Bréfritari: Ásgeir Tryggvi Friðgeirsson
Dagsetning: A-1906-11-21
Skrifað á: Vesturheimi

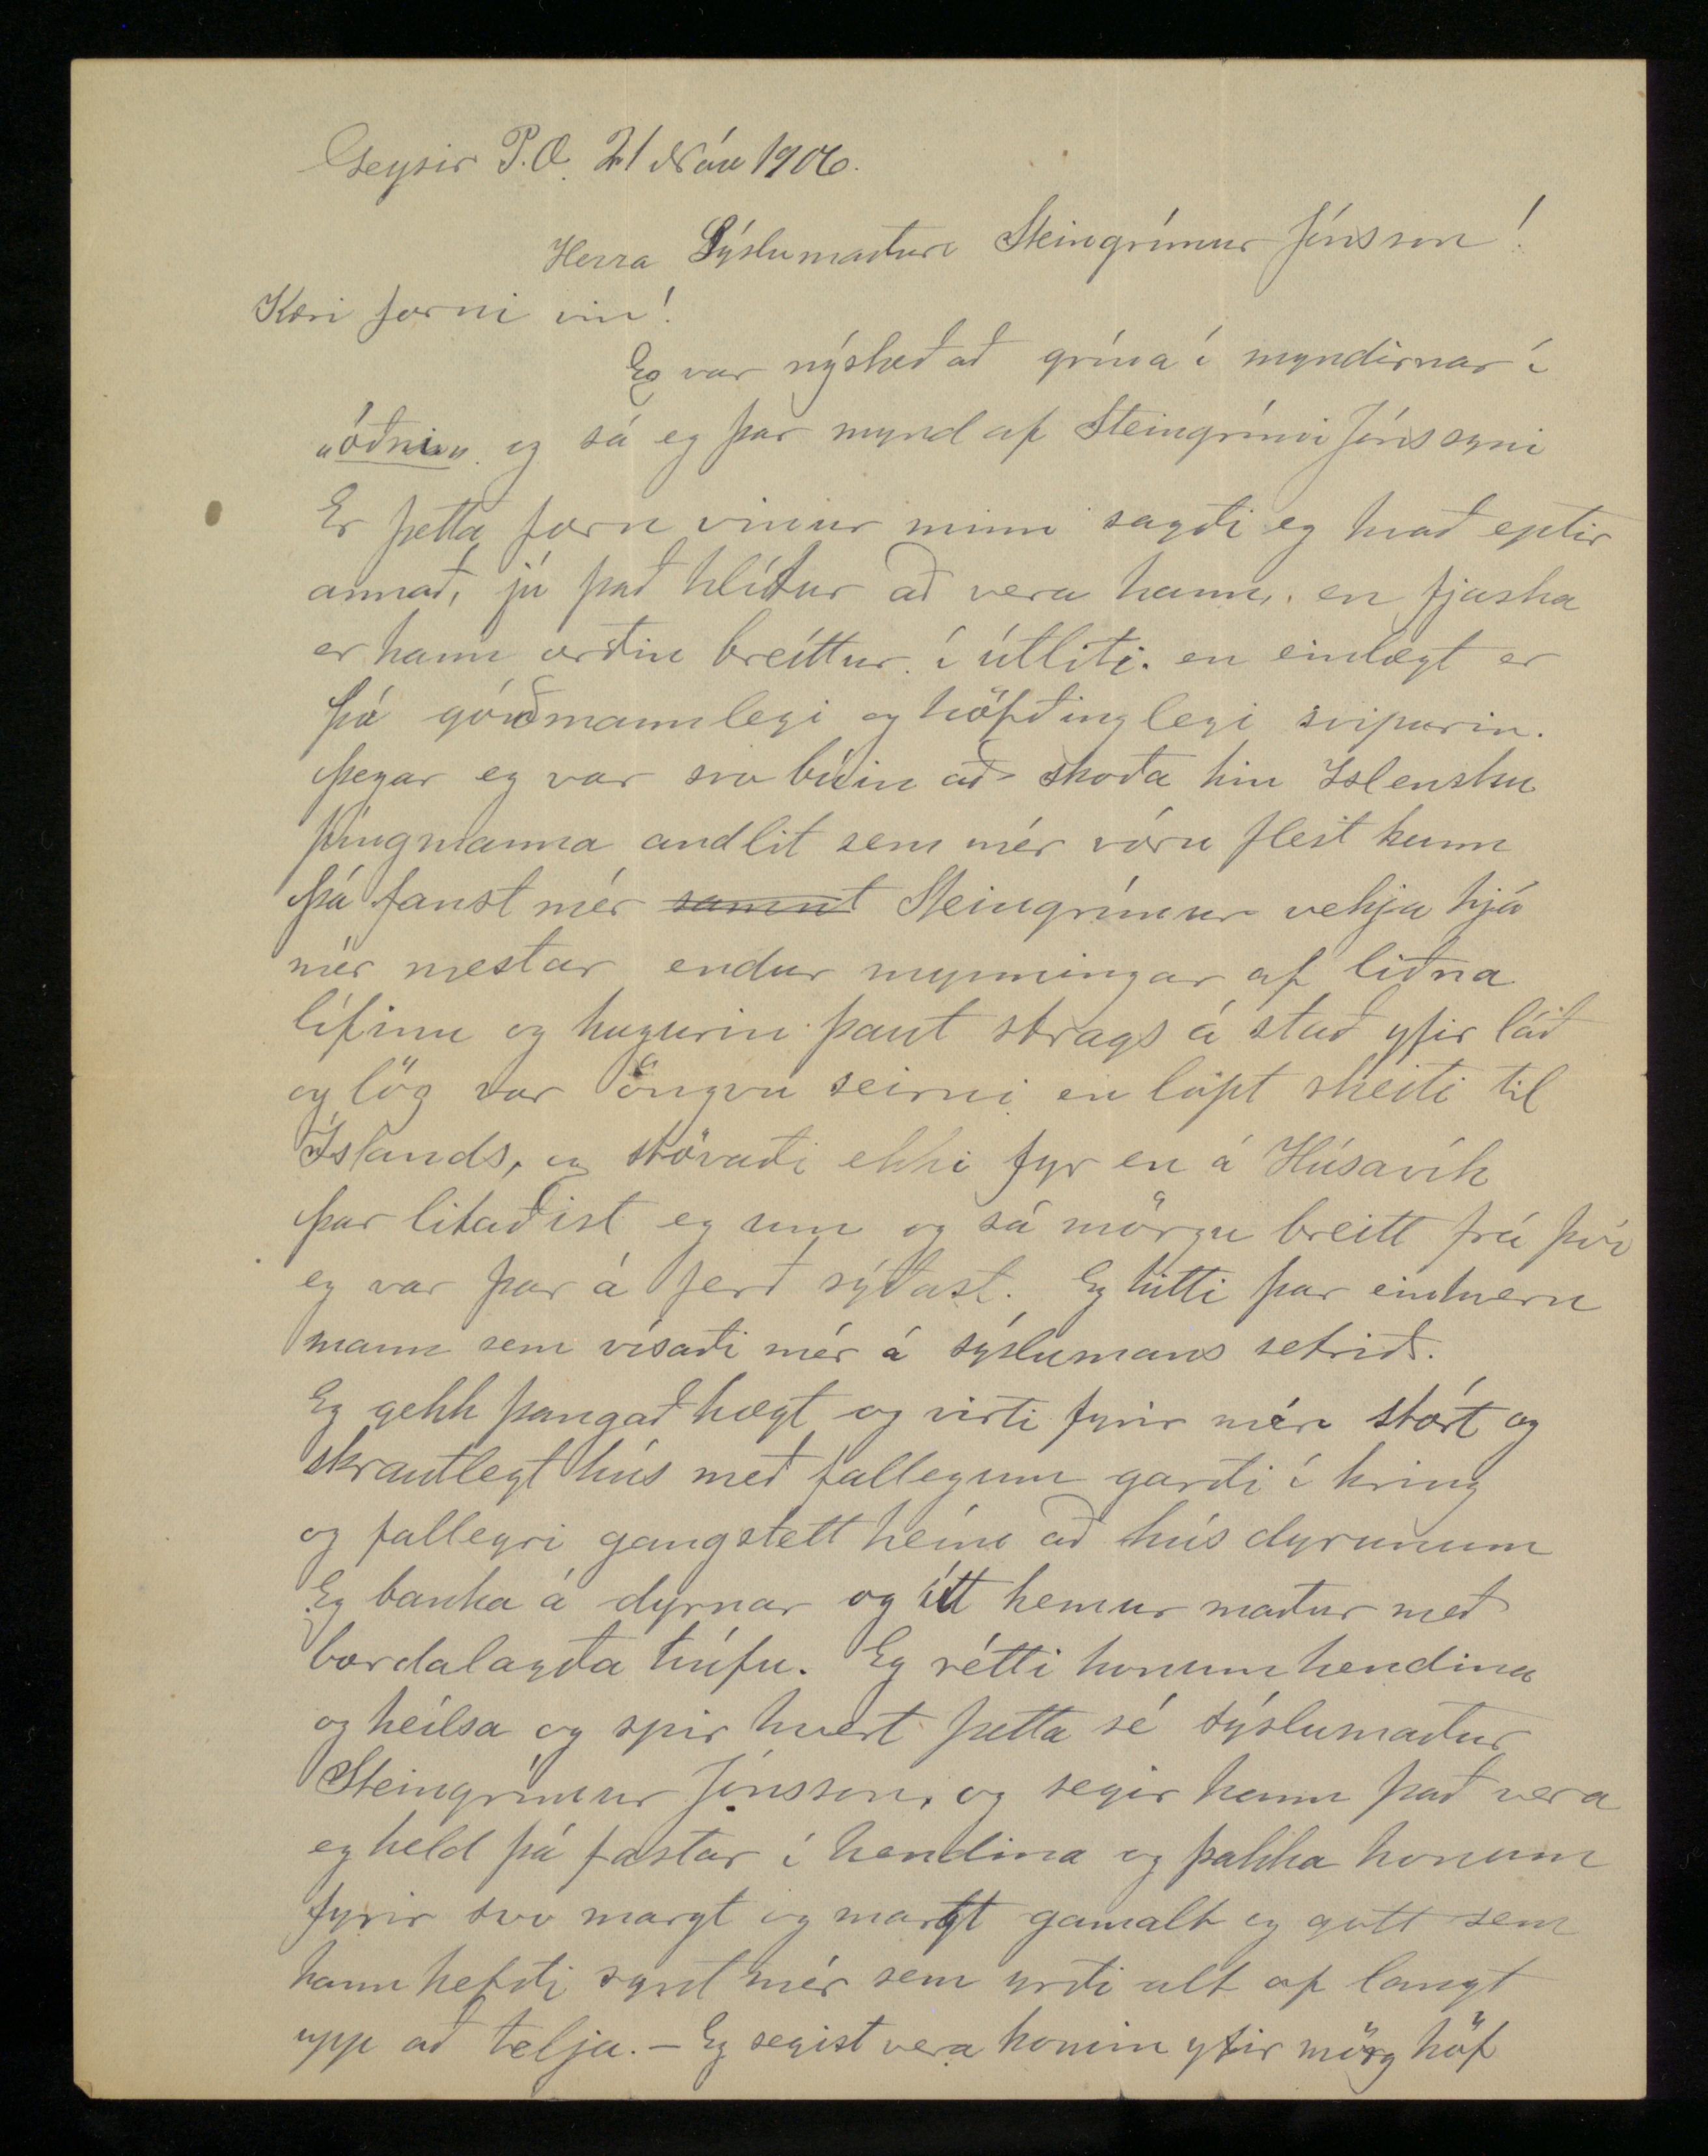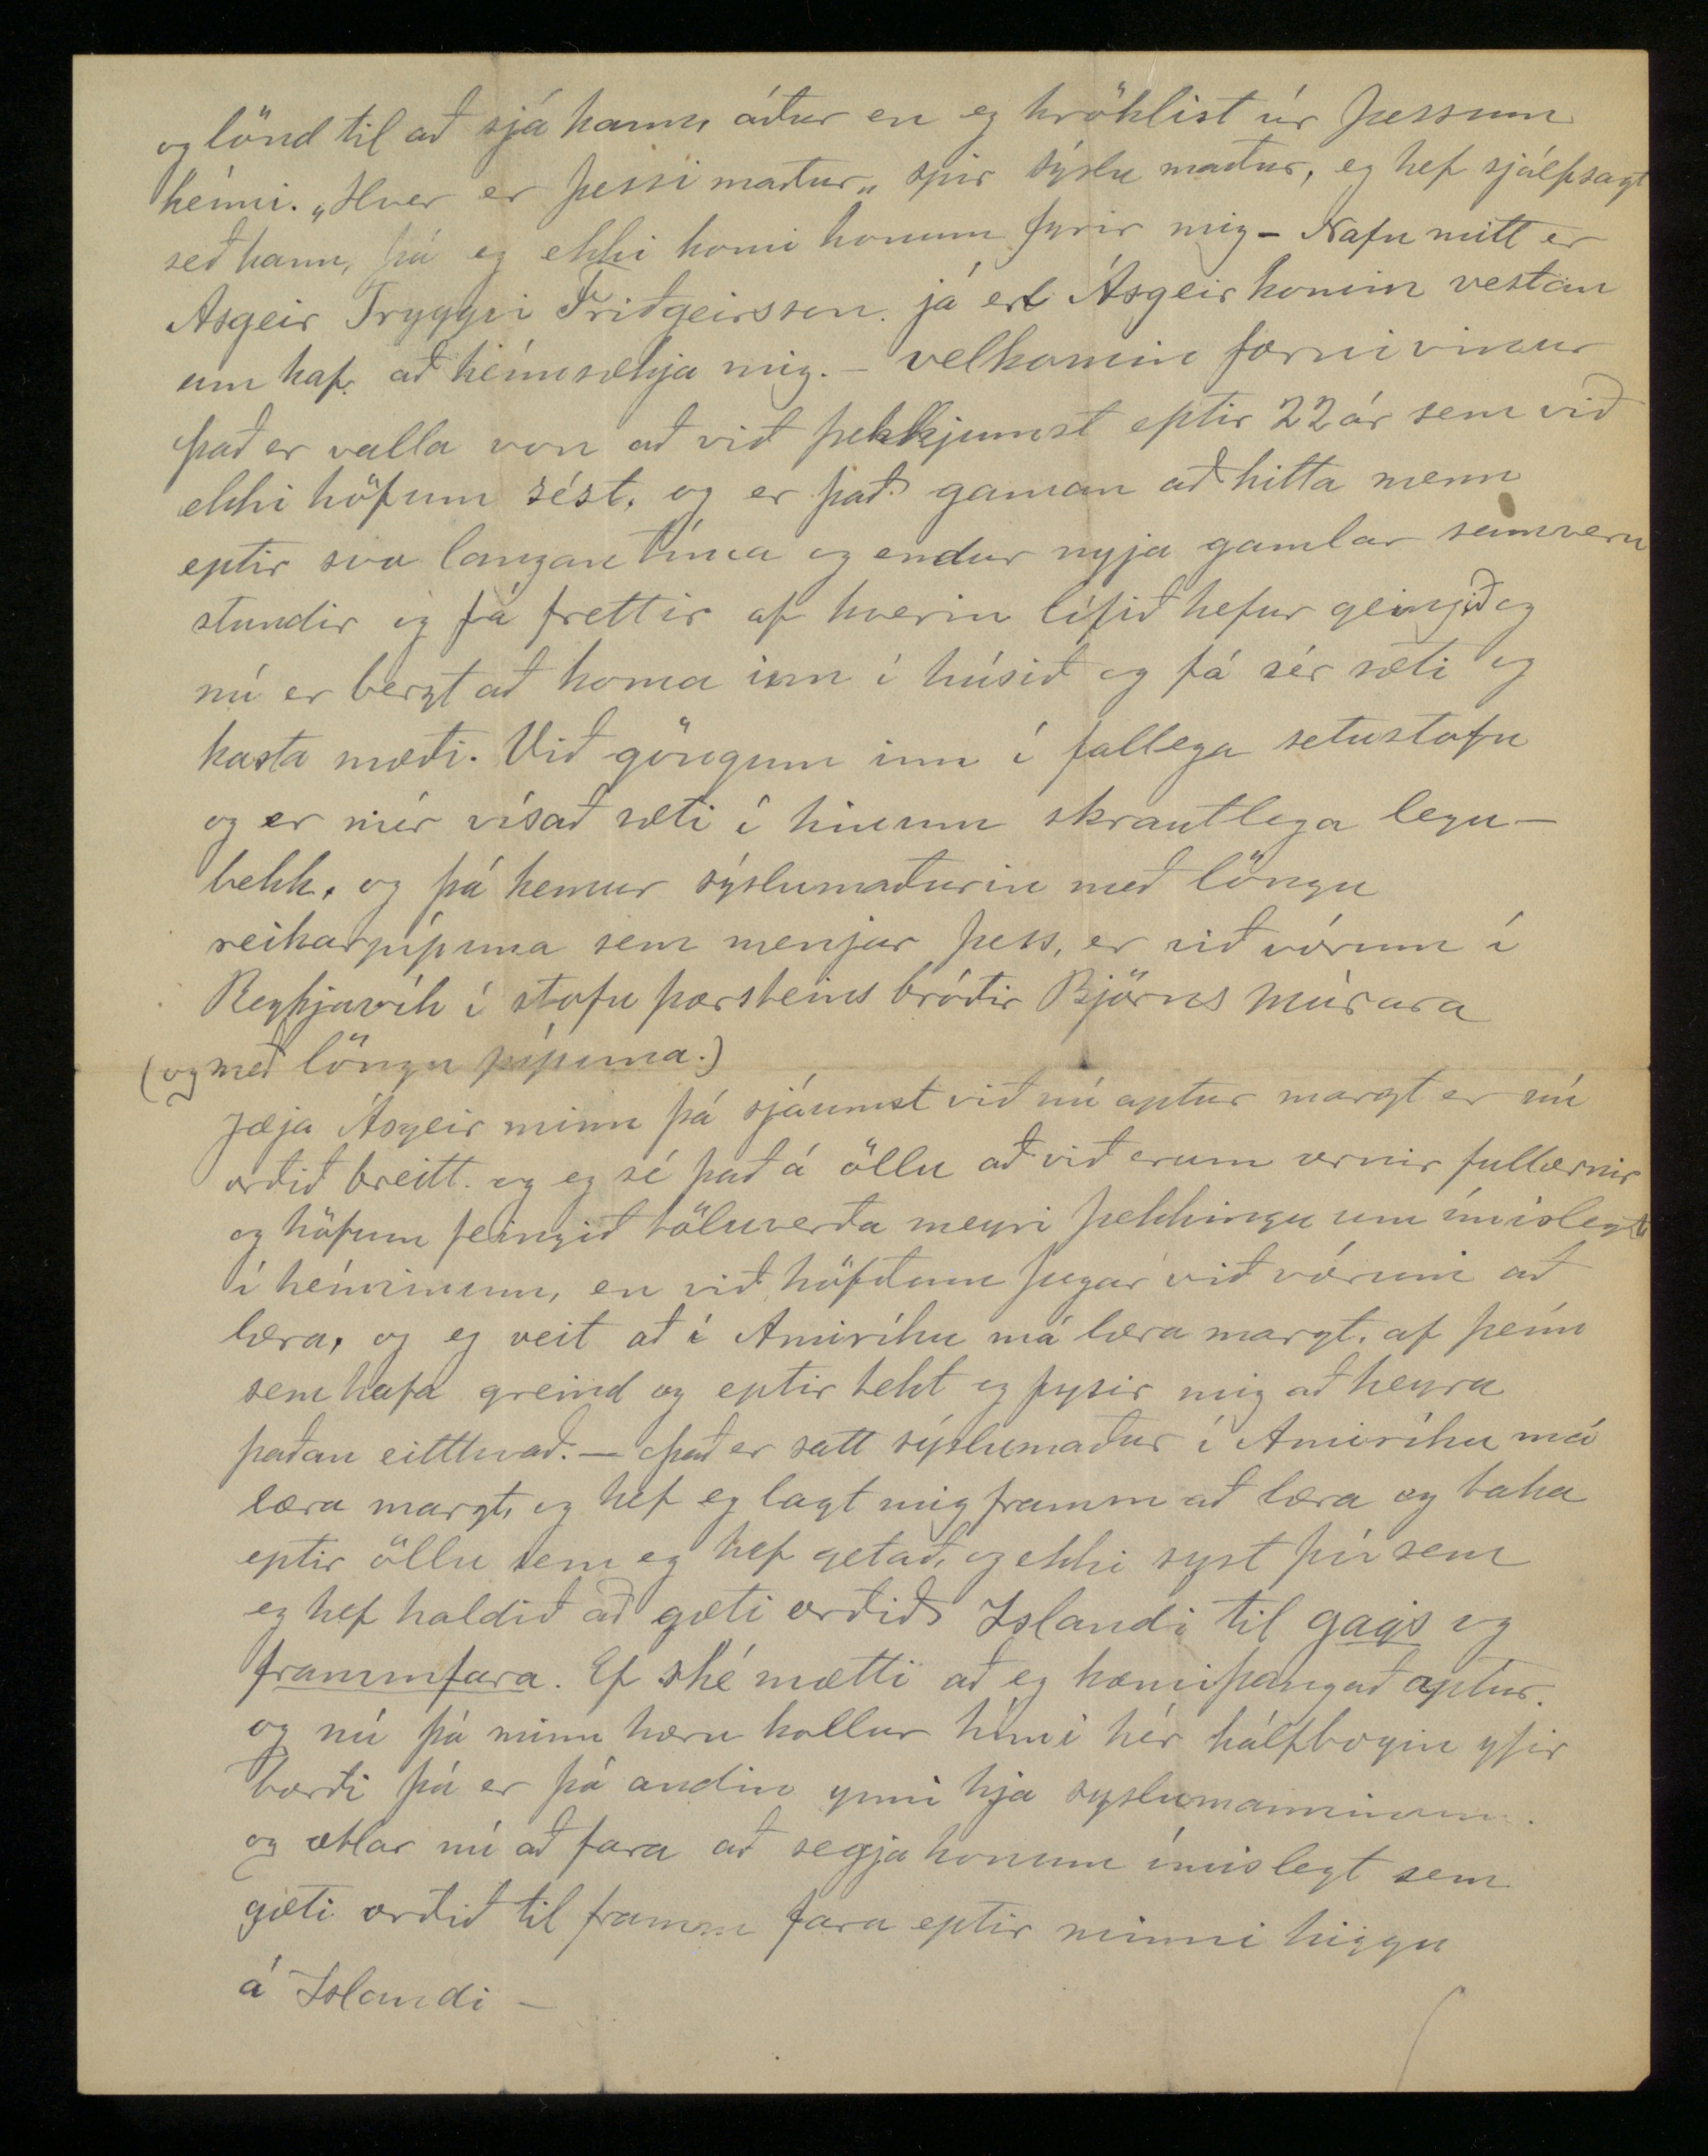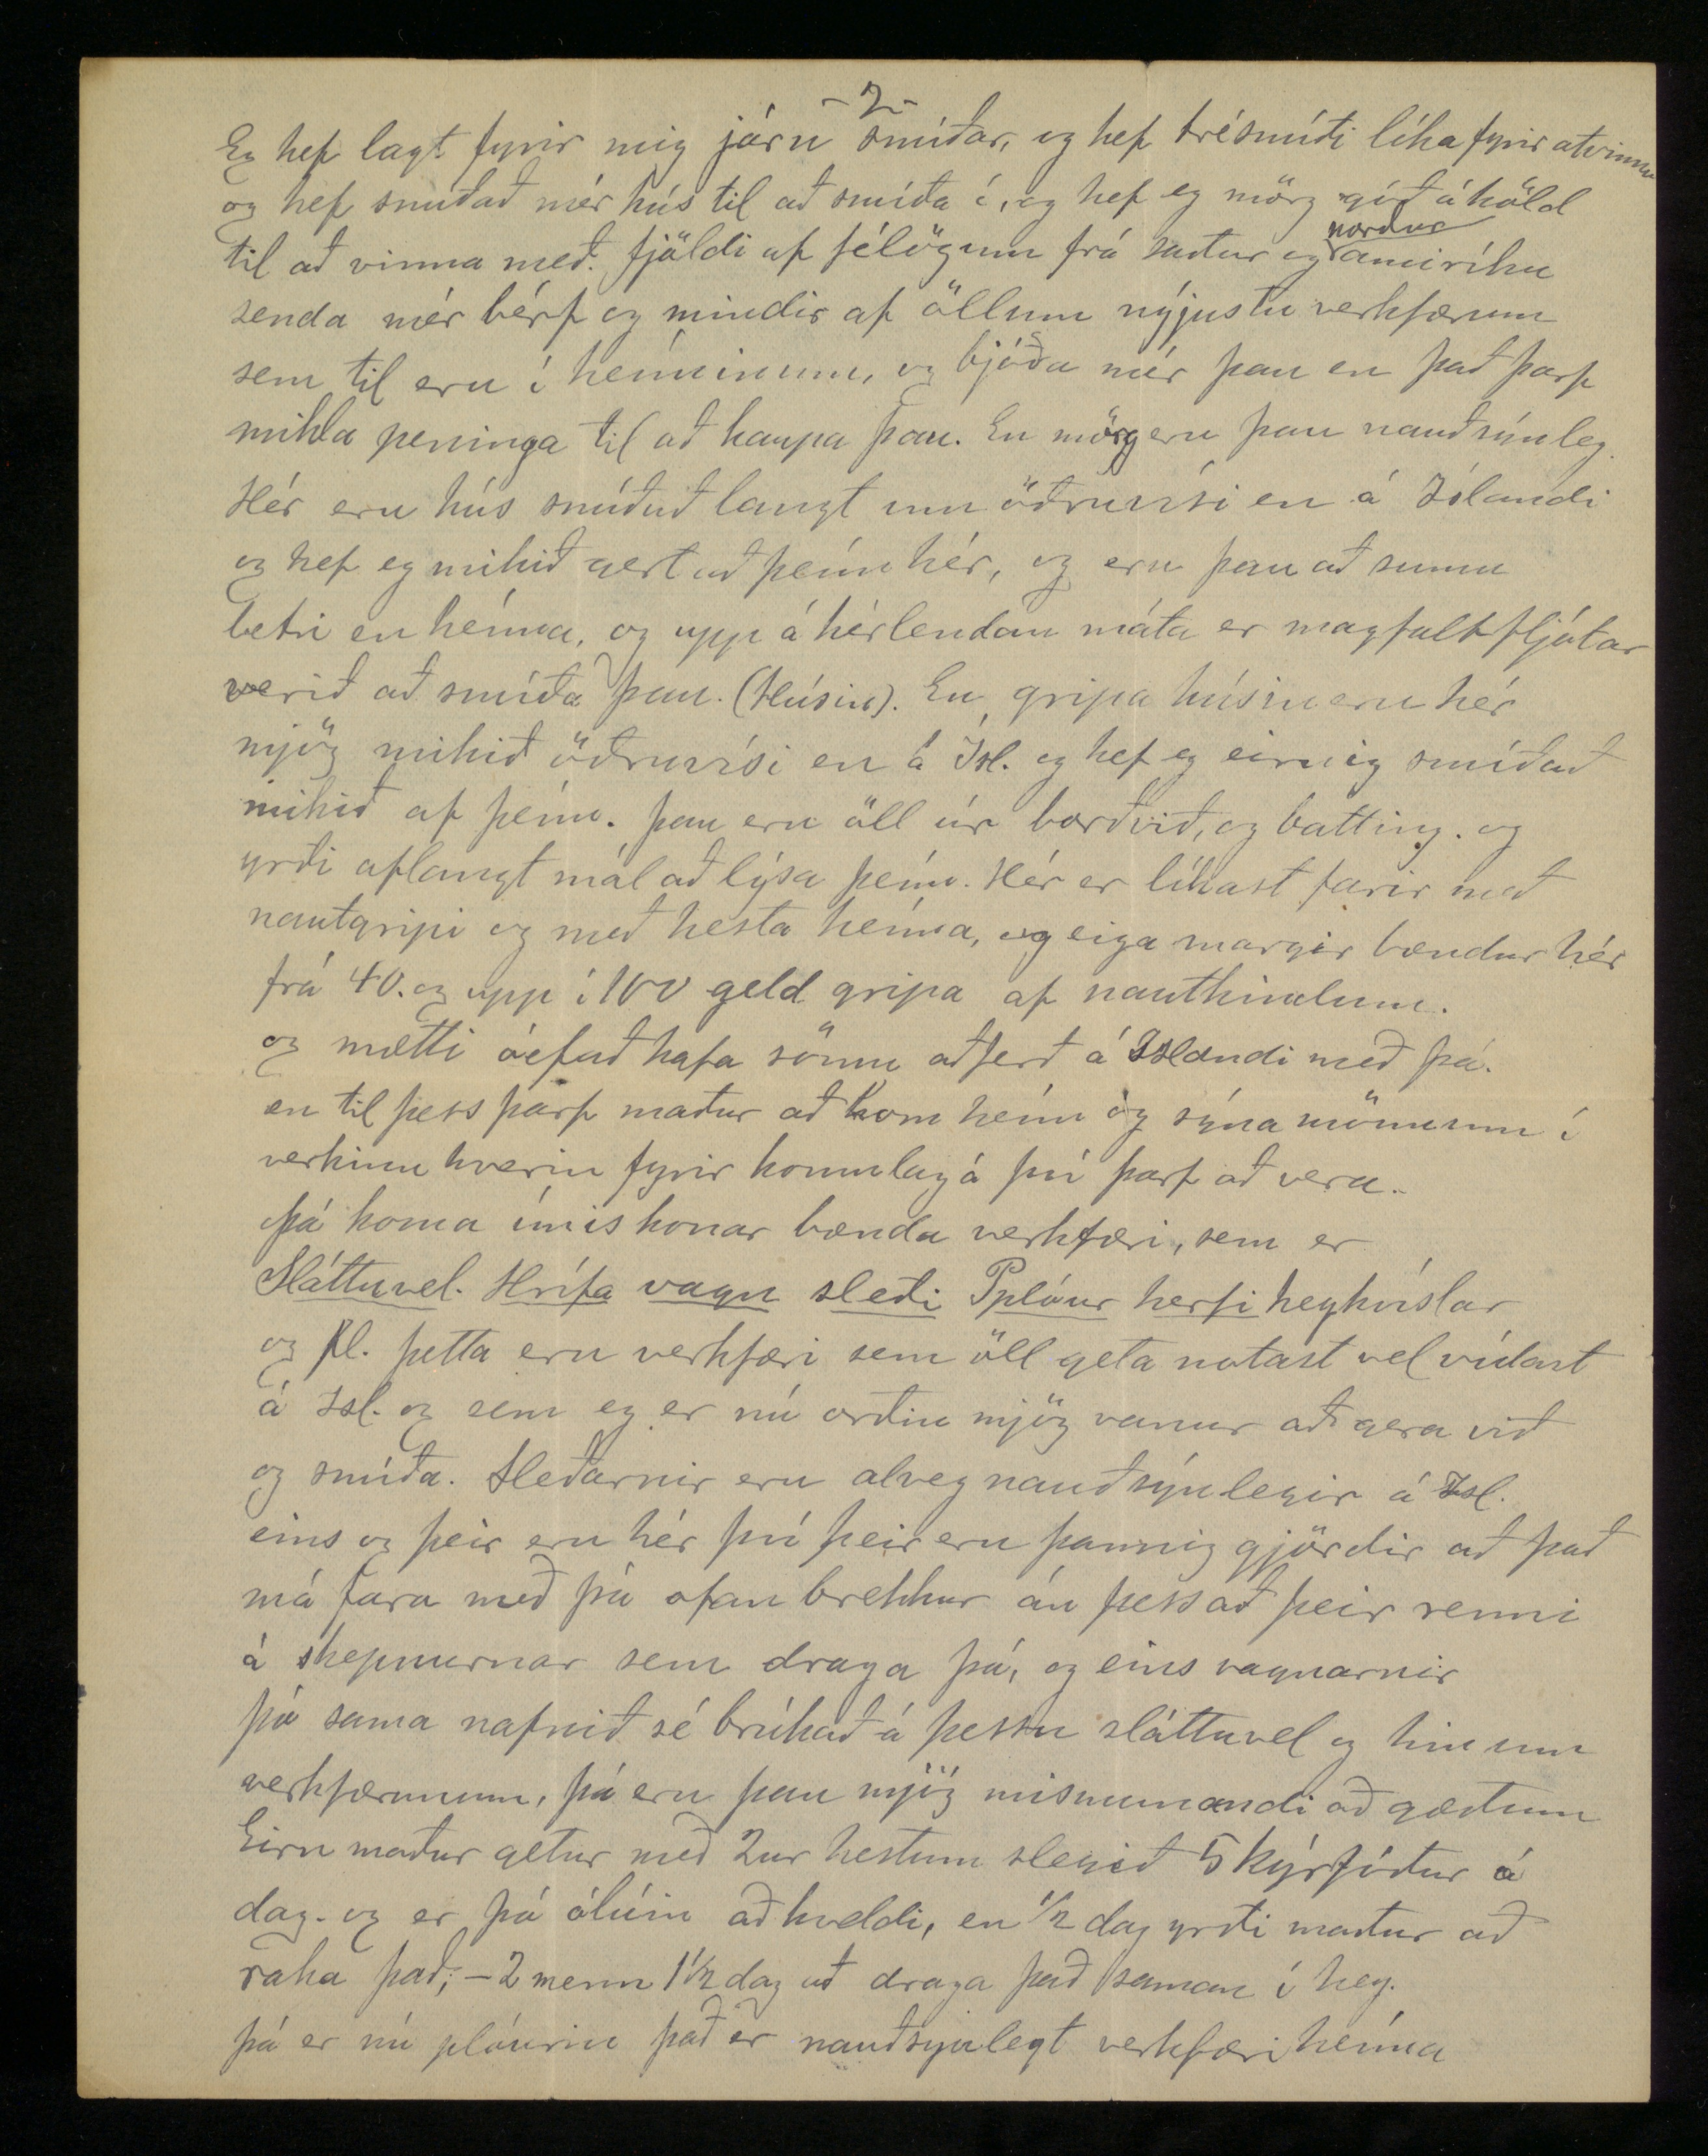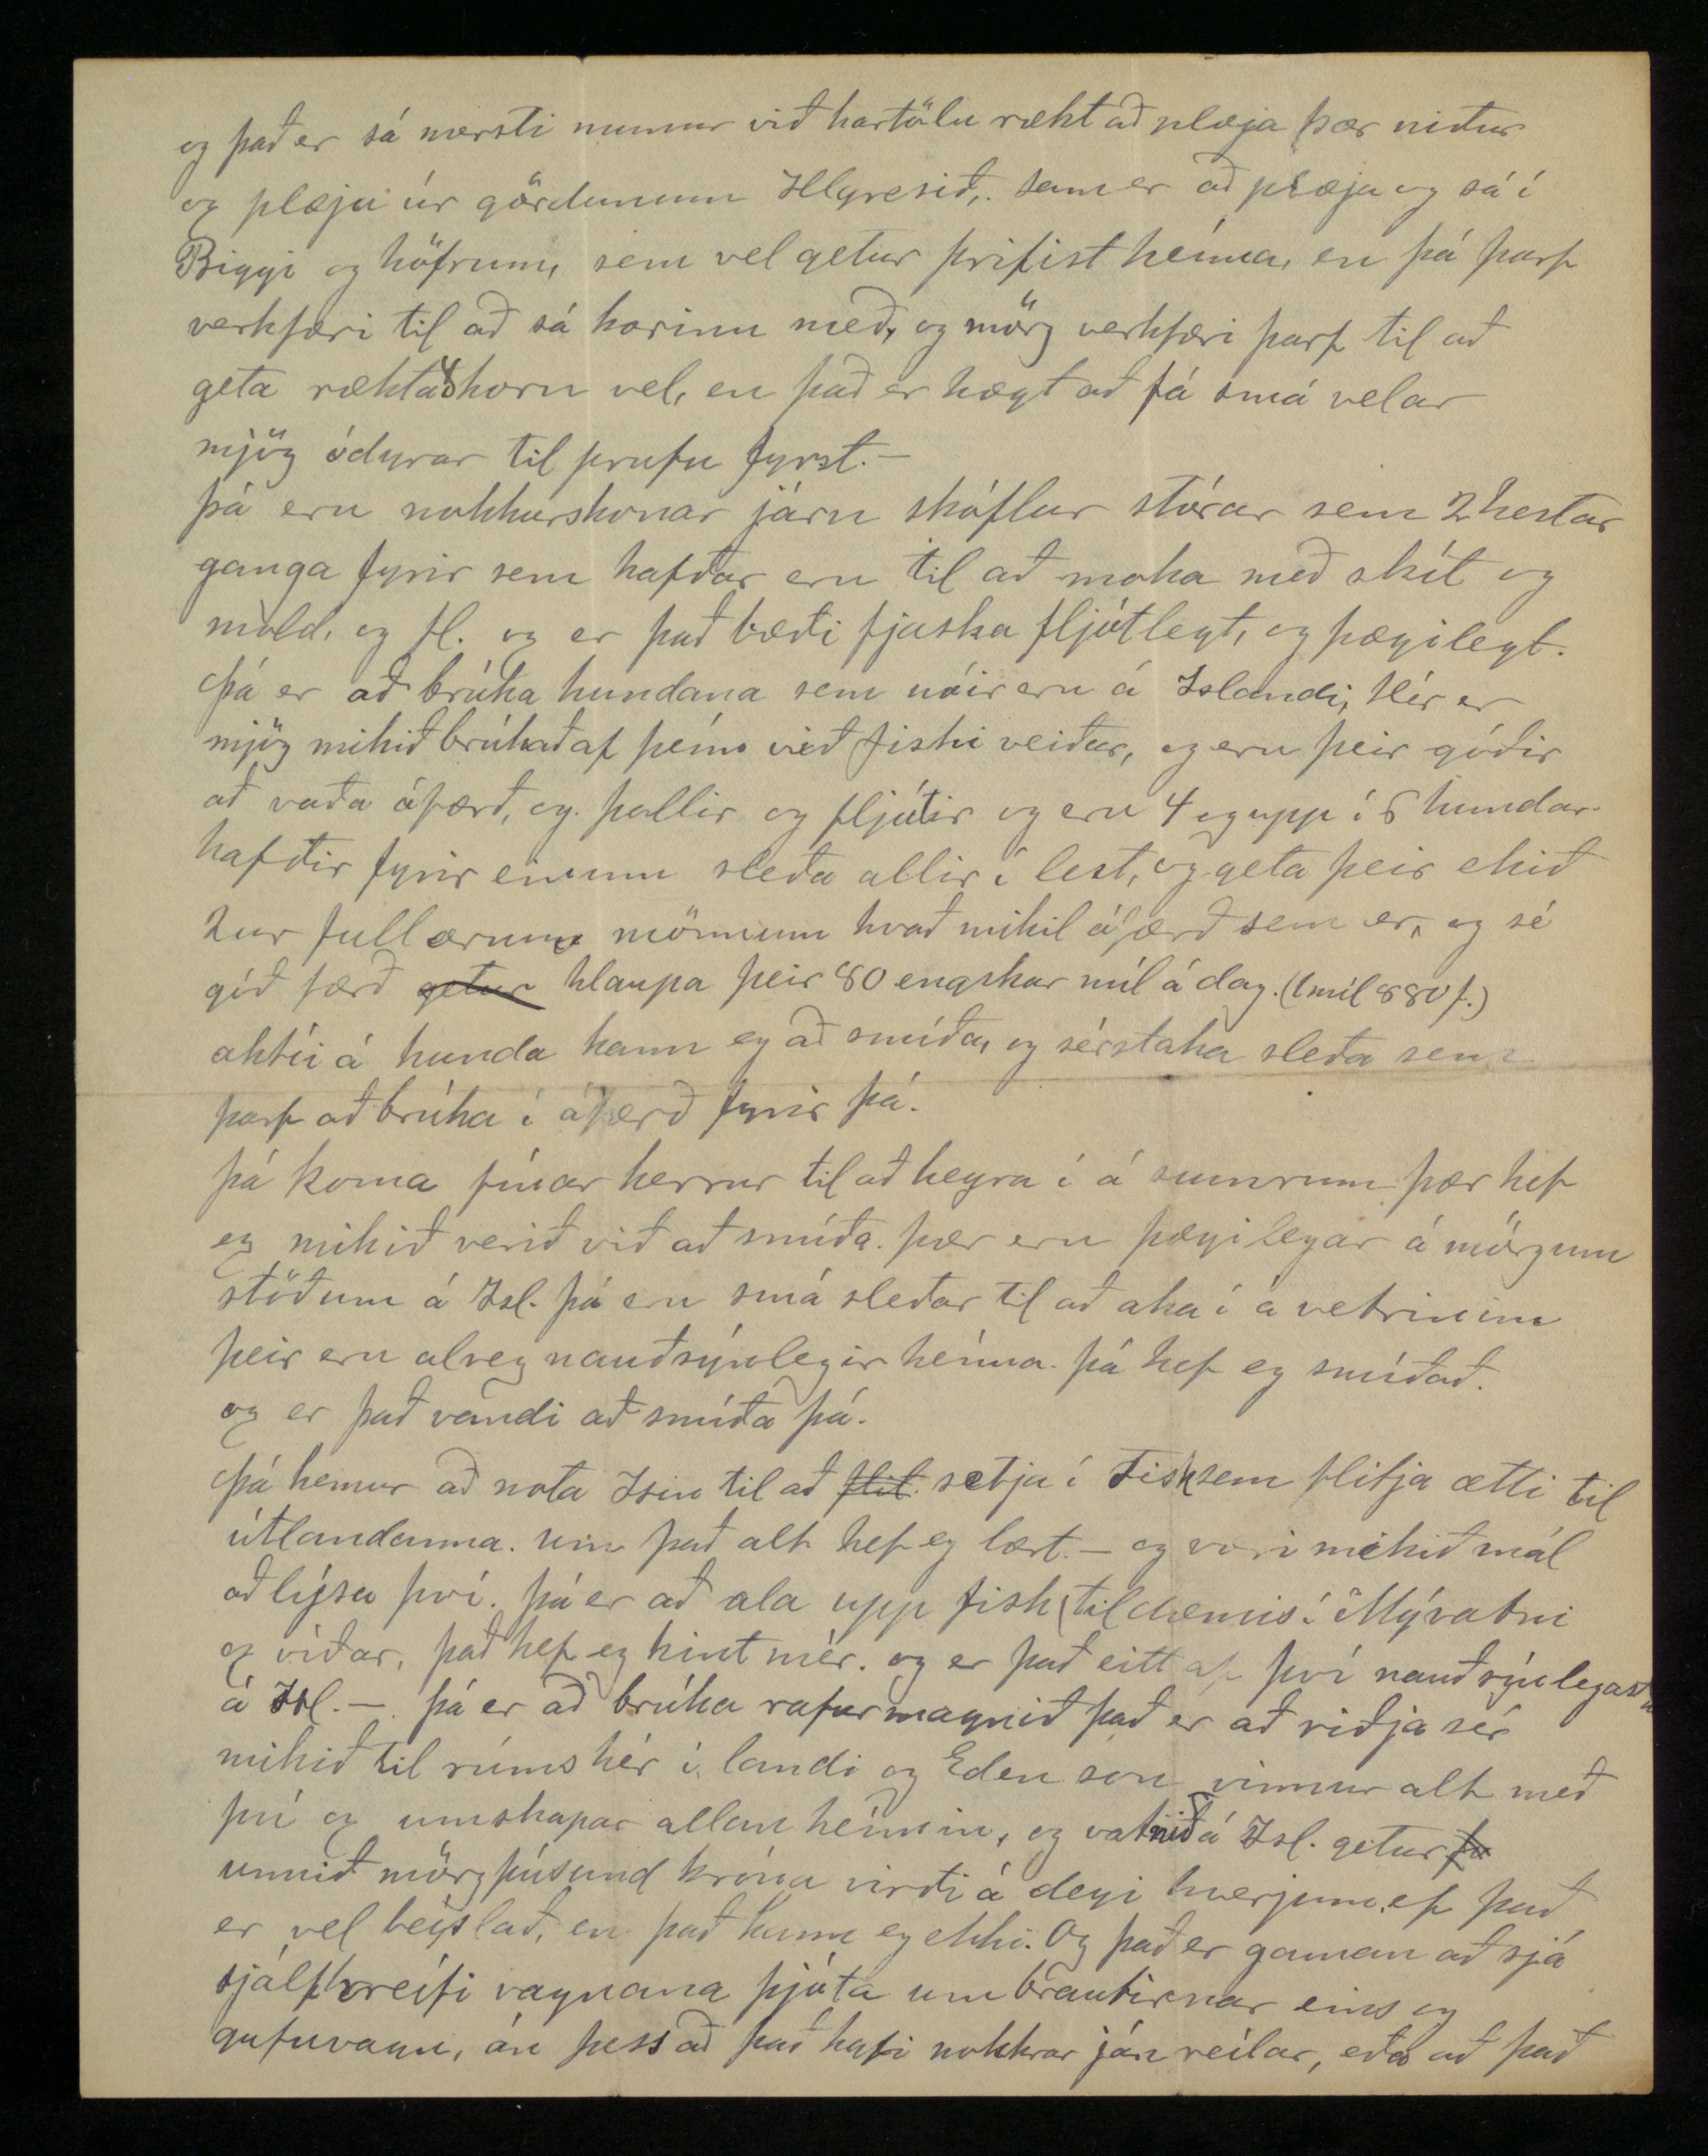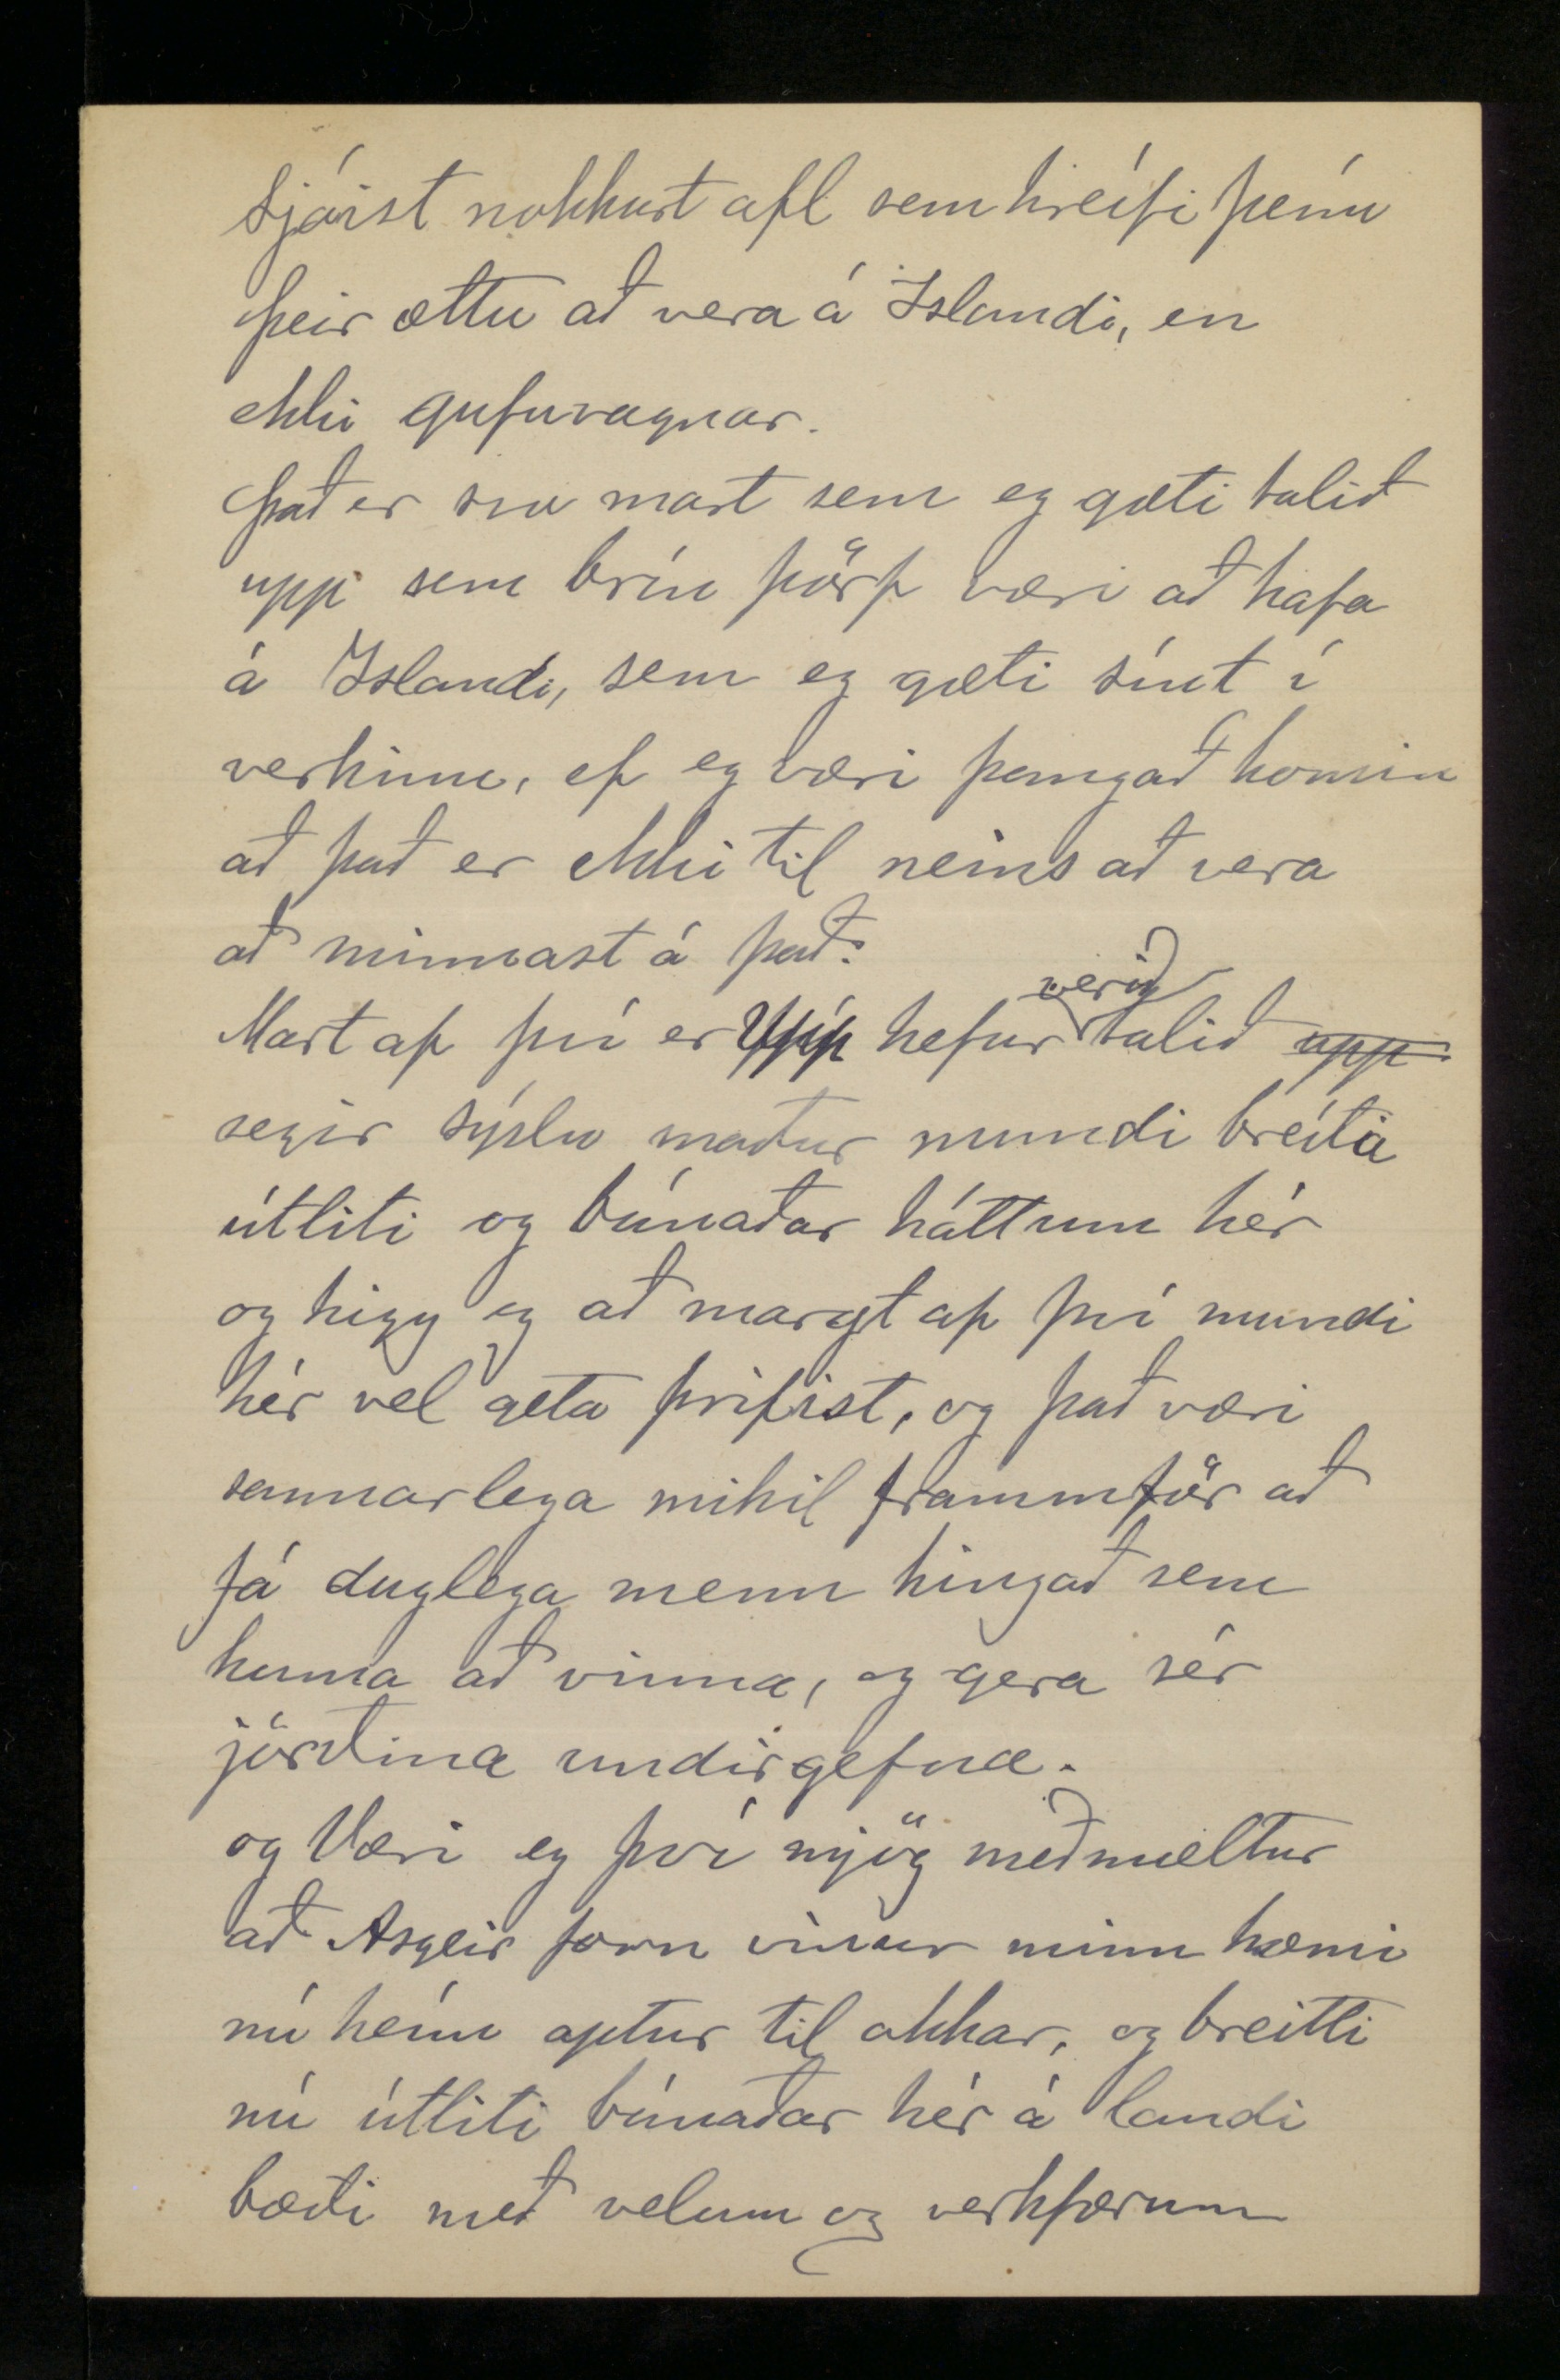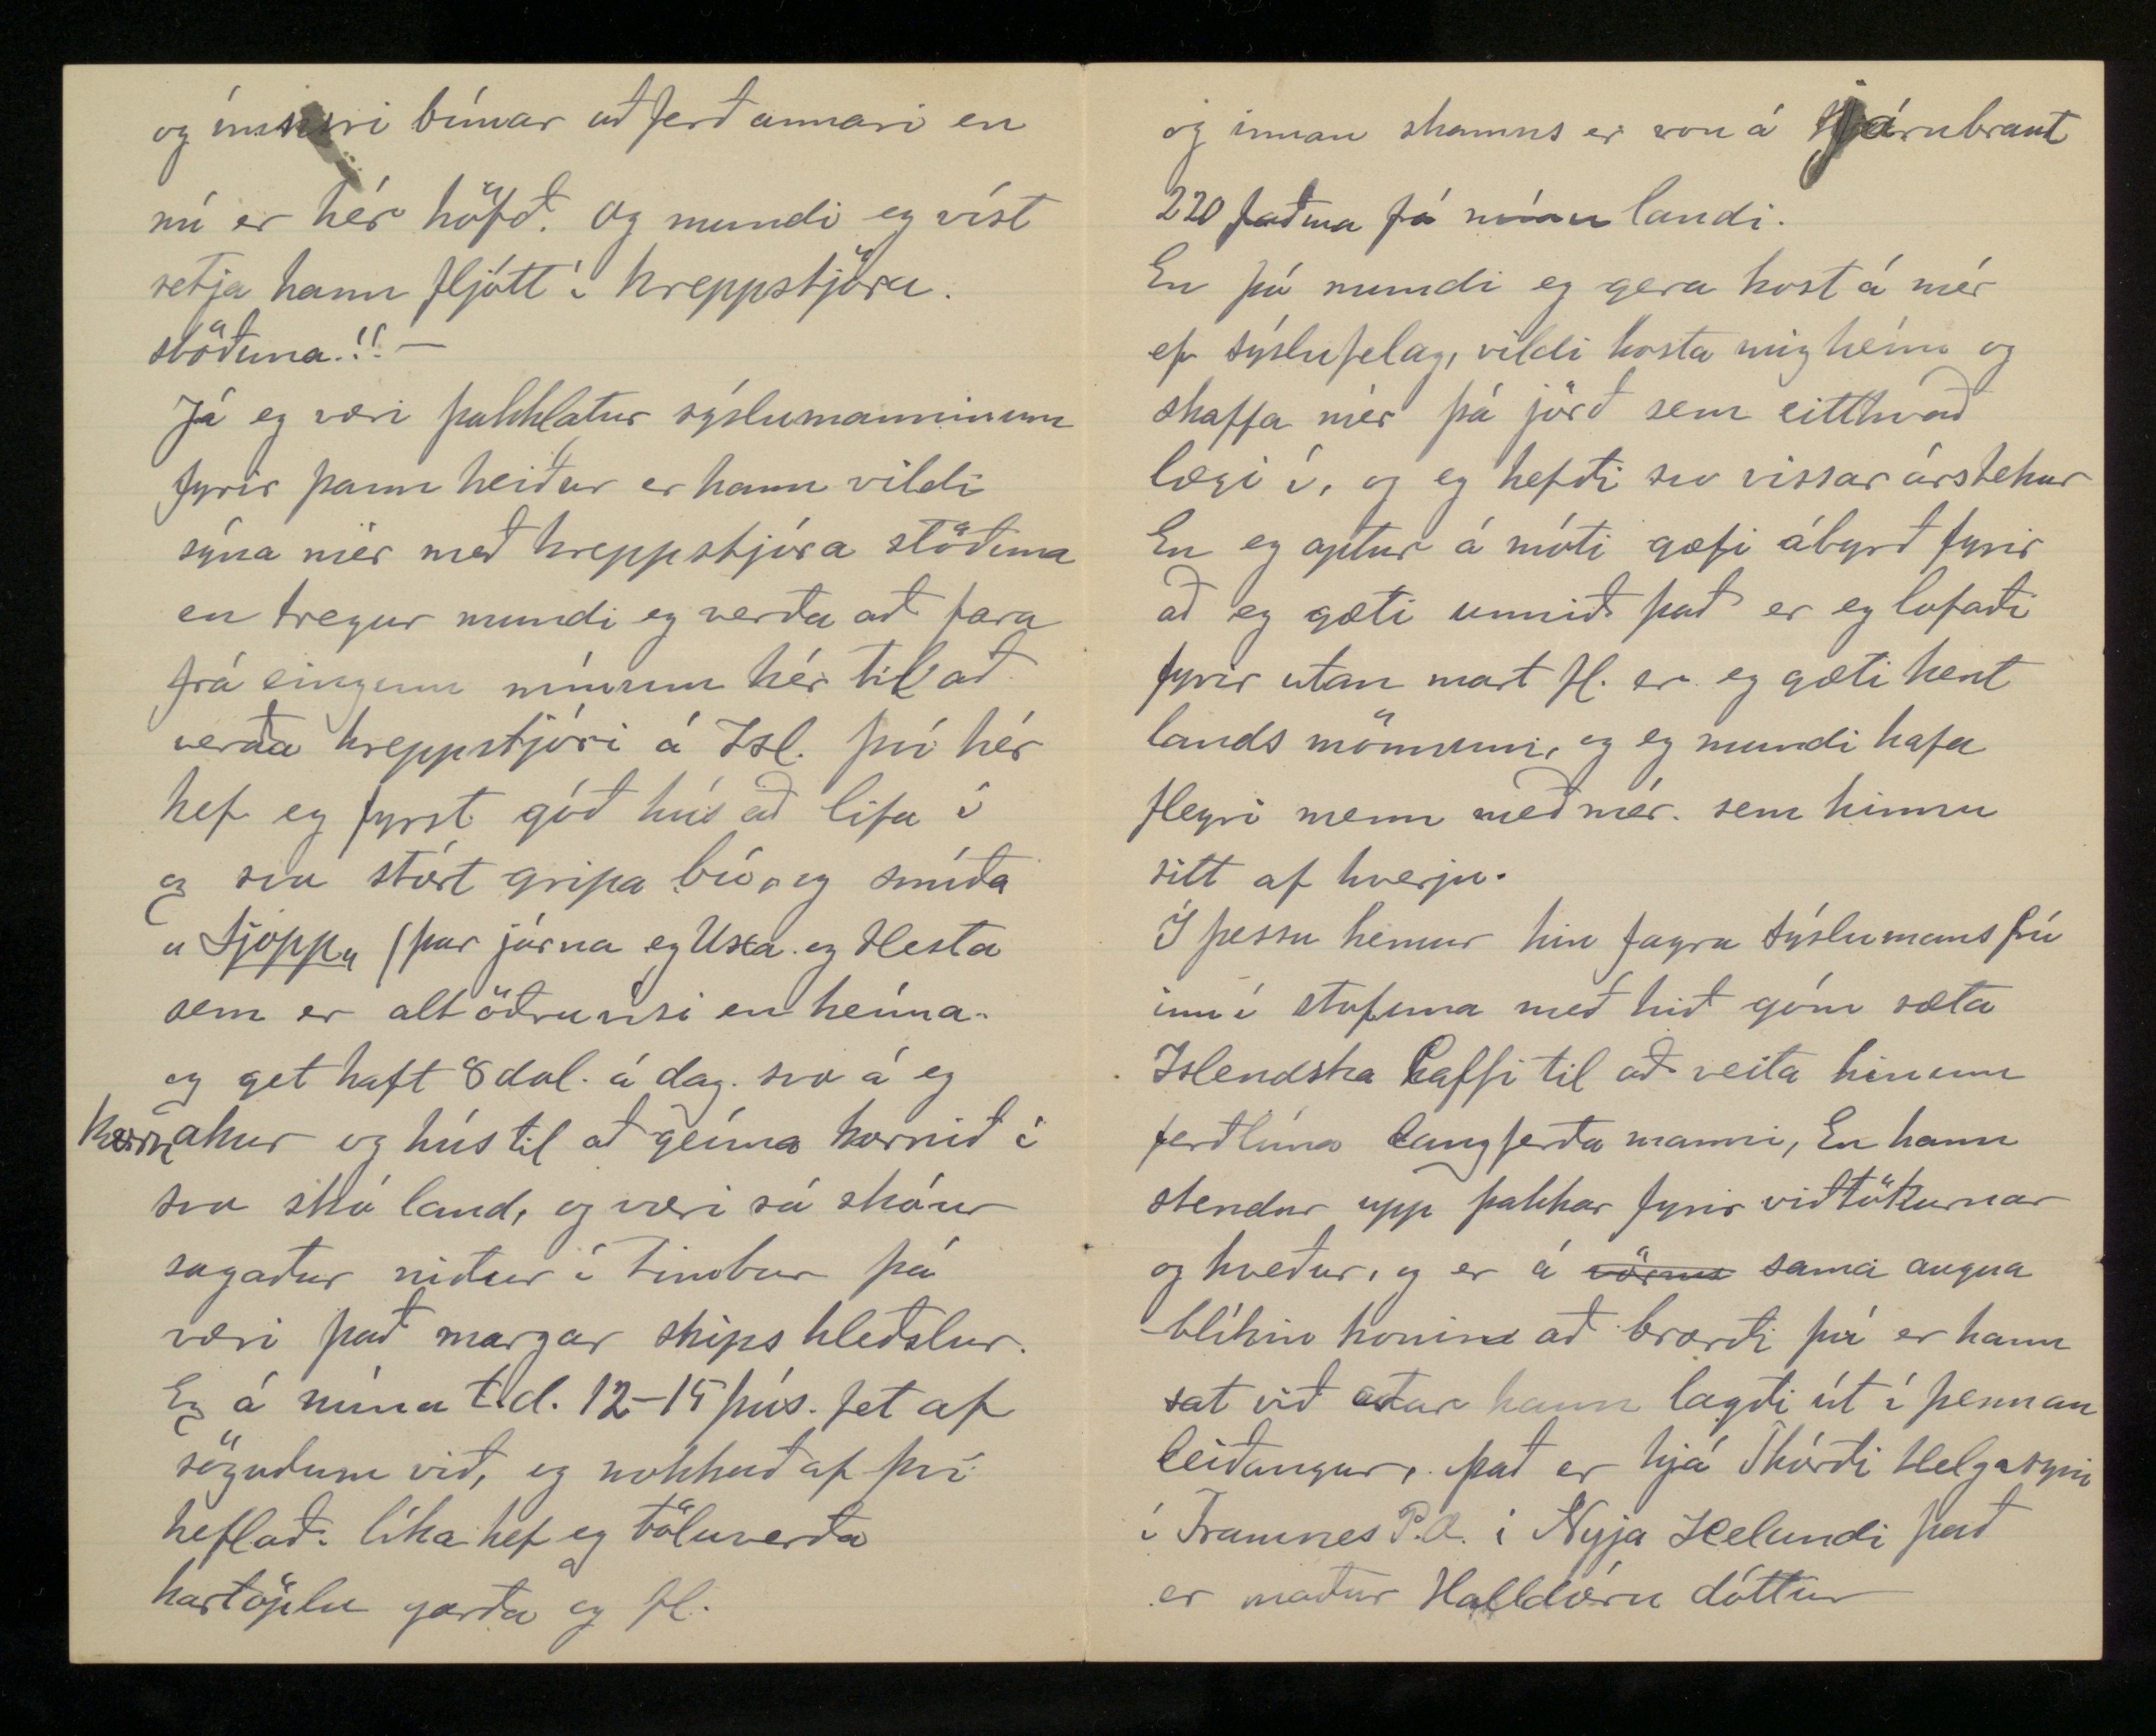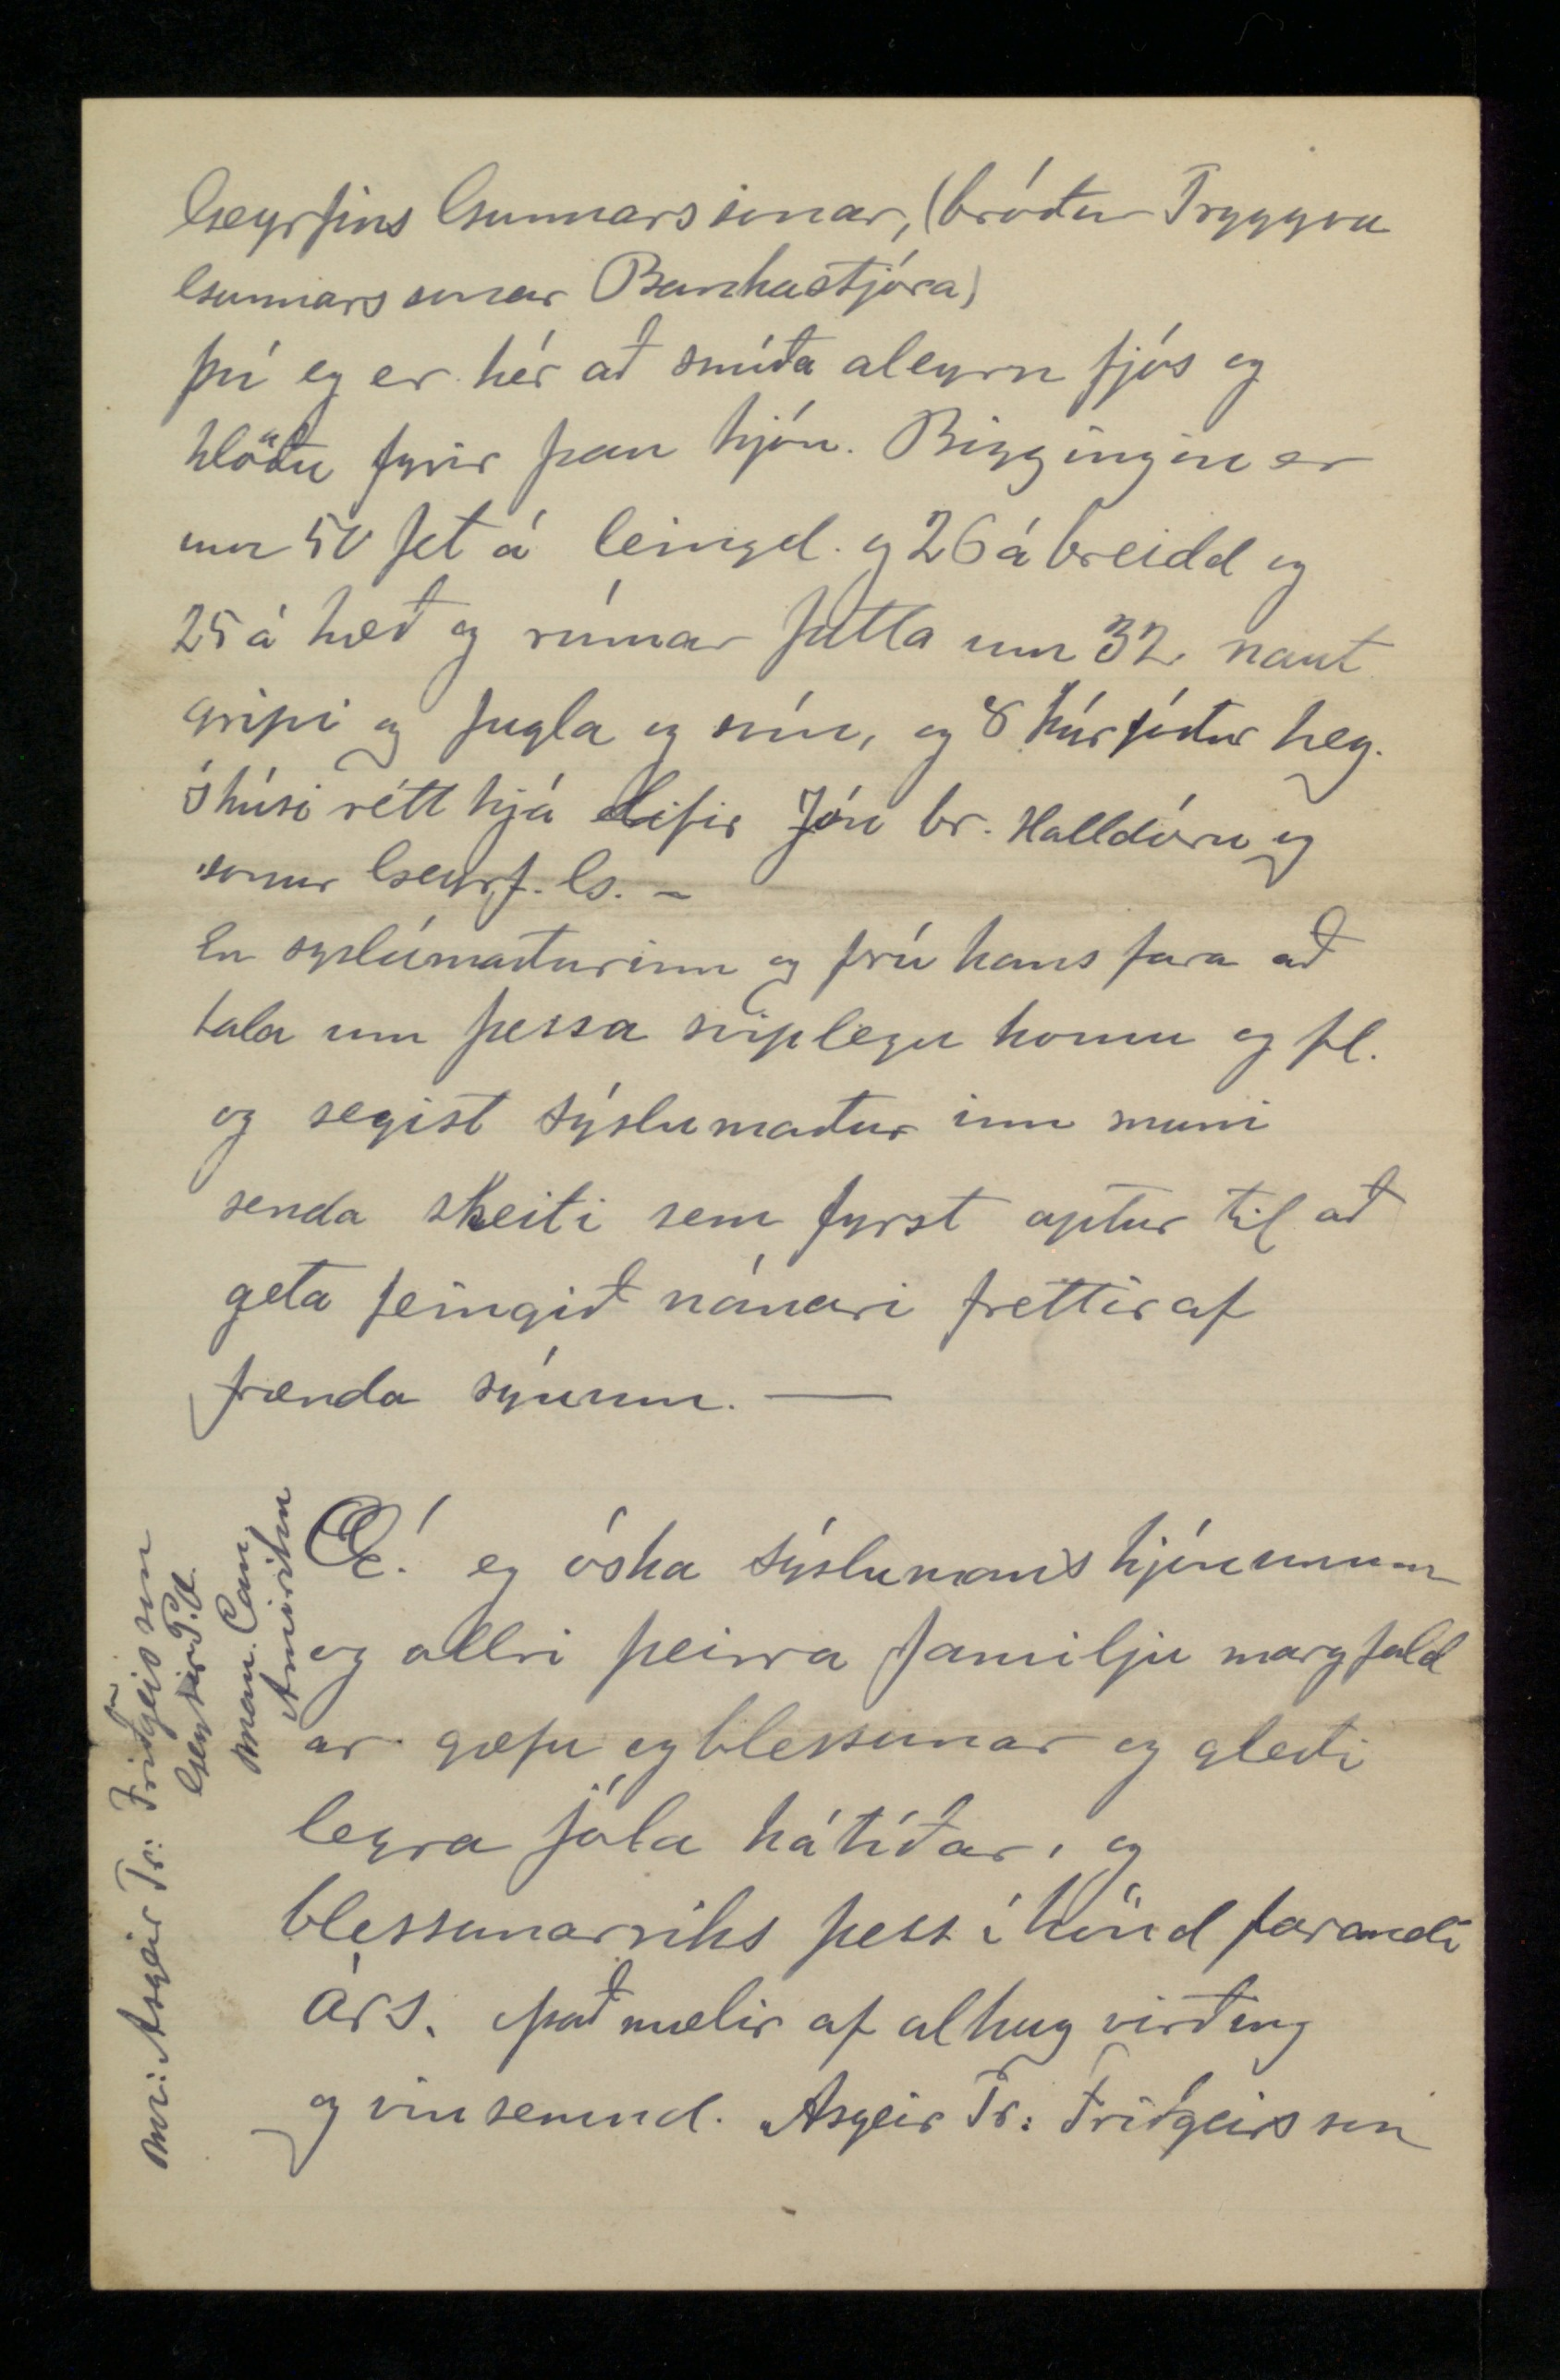

Geysir P.O. 21 Nóv 1906
Herra Sýslumaður Steingrímur Jónsson!
Kæri forni vin!
Eg var nýskeð að grína í myndirnar í
„óðni„
og sá eg þar mynd af Steingrími Jónssyni Er þetta forn vinur minn sagði eg hvað eptir annað, jú það hlítur að vera hann, en fjarska er hann orðin breíttur í útliti en einlægt er þó góðmannlegi og höfðinglegi svipurin. þegar eg var svo búin að skoða hin Islensku þíngmanna andlit sem mér vóru flest kunn þá fanst mér
sammt
Steingrímur vekja hjá mér mestar endur mynningar af liðna lífinu og hugurin þaut strags á stað yfir láð og lög var öngvu seirni en lopt skeiti til Íslands, og stöðvaði ekki fyr en á Húsavík þar litaðist eg um og sá mörgu breitt frá því eg var þar á ferð sýðast. Eg hitti þar einhvern mann sem vísaði mér á sýslumans setrið. Eg gekk þangað hægt og virti fyrir mér stórt og skrautlegt hús með fallegum garði í kring og fallegri gangstétt heim að hús dyrunum Eg banka á dyrnar og út kemur maður með bardalagða húfu. Eg rétti honum hendina og heilsa og spir hvert þetta sé sýslumaður Steingrímur Jónsson, og segir hann það vera eg held þá fastar í hendina og þakka honum fyrir svo margt og margt gamalt og gott sem hann hefði synt mér sem yrði alt of langt upp að telja. - Eg segist vera komin yfir mörg höf
og lönd til að sjá hann, áður en eg kröklist úr þessum heimi. „Hver er þessi maður" spir sýslu maður, eg hef sjálfsagt seð hann þó eg ekki komi hinum fyrir mig - Nafn mitt er Asgeir Tryggvi Friðgeirsson. já er Ásgeir komin vestan um haf að heímsækja mig. - velkomin forni vinur það er valla von að við þekkjumst eptir 22 ár sem við ekki höfum sést og er það gaman að hitta menn eptir svo langan tíma og endur nyja gamlar samveru stundir og fá frettir af hverin lífið hefur geingið og nú er berzt að koma inn í húsið og fá sér sæti og kasta mæði. Við göngum inn í fallega setustofu og er mér vísað sæti í hinum skrautlega legubekk og þá kemur sýslumaðurin með löngu reikarpípuna sem menjar þess, er við vórum í Reykjavík í stofu Þorsteins bróðir Björns múrara (og með löngu pípuna.)
Jæja Ásgeir minn þá sjáumst við nú aptur margt er nú orðið breitt og eg sé það á öllu að við erum ornir fullornir og höfum feingið töluverða meyri þekkingu um ímislegt í heíminum, en við höfðum þegar við vórum að læra, og eg veit að í Amiríku má læra margt af þeim sem hafa greind og eptir tekt og fysir mig að heyra þaðan eitthvað. - Það er satt sýslumaður í Amiríku má læra margt og hef eg lagt mig framm að læra og taka eptir öllu sem eg hef getað, og ekki syst því sem eg hef haldið að gæti orðið Islandi til
gags
og
frammfara
. Ef ské mætti að eg kæmi þangað aptur. og nú þó minn hæru kollur hími hér hálfbogin yfir borði þá er þó andin ynni hjá syslumanninum. og ætlar nú að fara að segja honum ímislegt sem gæti orðið til framm fara eptir minni higgu á Islandi -
Eg hef lagt fyrir mig járn smíðar, eg hef trésmíði líka fyrir atvinnu og hef smíðað mér hús til að smíða í, og hef eg mörg góð áhöld til að vinna með. fjöldi af félögum frá suður og
nordur
amiríku senda mér bréf og mindir af öllum nýjustu verkfærum sem til eru í heíminum og bjóða mér þau en það þarf mikla peninga til að kaupa þau. En mörg eru þau nauðsýnleg. Hér eru hús smíðuð langt um öðruvísi en á Íslandi og hef eg mikið gert að þeím hér, og eru þau að sumu betir en heíma, og upp á hérlendan máta er margfalt fljótar verið að smíða þau. (Húsin). En gripa húsin eru hér mjög mikið öðruvísi en á Ísl. og hef eg eirnig smíðað mikið af þeím. þau eru öll úr borðvið, og batting og yrði oflangt mál að lýsa þeím. Hér er líkast farir með nautgripi og með hesta heíma, og eiga margir bændur hér frá 40. og upp í 100 geld gripa af nautkindum. og mætti óefað hafa sömu aðferð á Íslandi með þá. en til þess þarf maður að kom heím og sýna mönnum í verkinu hverin fyrir komulag á því þarf að vera. þá koma ímiskonar bænda verkfæri, sem er
Sláttuvel.
Hrífa
vagn
sleði
Pplóur
herfi
heykvíslar og fl. þetta eru verkfæri sem öll geta notast vel vídast á Isl. og sem eg er nú orðin mjög vanur að gera við og smíða. Sleðarnir eru alveg nauðsýnlegir á Isl. eins og þeir eru hér því þeir eru þannig gjördir að það má fara með þá ofan brekkur án þess að þeir renni á skepnurnar sem draga þá, og eins vagnarnir þó sama nafnið sé brúkað á þessu sláttuvel og hinum verkfærunum, þá eru þau mjög mismunandi að gæðum Eirn maður getur með 2ur hestum slegið 5 kýrfóður á dag. og er þó ólúin að kveldi, en 1/2 dag yrði maður að raka það, - 2 menn 1 1/2 dag að draga það saman í hey. þá er nú plóurin það er nauðsynlegt verkfæri heíma
og það er sá mersti munur við kartölu rækt að plæja þær niður og plæja úr gördunum Illgresið. Sama er að plæja og sá í Biggi og höfrum, sem vel getur þrifist heíma, en þá þarf verkfæri til að sá korinu með, og mörg verkfæri þarf til að geta ræktað korn vel, en það er hægt að fá smá velar mjög ódyrar til prufu fyrst. -
Þá eru nokkurskonar járn skóflur stórar sem 2 hestar ganga fyrir sem hafðar eru til að moka með skít og mold, og fl. og er það bæði fjaska fljótlegt, og þægilegt. þá er að brúka hundana sem nóir eru á Islandi, Hér er mjög mikið brúkað af þeím við fiski veiðar, og eru þeir góðir að vaða ófærð, og hollir fljótir og eru 4 og upp í 5 hundar hafðir fyrir einum sleða allir í lest, og geta þeir ekið 2ur fullorum mönnum hvað mikil ófærð sem er, og sé góð færð
getur
hlaupa þeir 80 engskar míl á dag. (1 míl 880 f.) aktíi á hunda kann eg að smíða, og sérstaka sleða sem þarf að brúka í ófærð fyrir þá.
Þá koma fínar kerrur til að keyra í á sumrum þær hef eg mikið verið við að smíða. þær eru þægilegar á mörgum stöðum á Isl. þá eru smá sleðar til að aka í á vetrinim þeir eru alveg nauðsýnlegir heíma. þá hef eg smíðað. og er það vandi að smíða þá.
Þá kemur að nota Isin til að
flit
setja í Fisk sem flitja ætti til útlandanna. Um það alt hef eg lært. - og væri mikið mál að lýsa því. þá er að ala upp fisk til dæmis í Mývatni og víðar, það hef eg kint mér. og er það eitt af því nauðsýnlegasta á Isl. - þá er að brúka rafurmagnið það er að riðja sér mikið til rúms hér í landi og Edinson vinnur alt með því og umskapar allan heímin, og batnið á Isl. getur
00
unnið mörg þúsund krónu virði á deyi hverjum ef það er vel beislað, en það kann eg ekki. Og það er gaman að sjá sjálfhreífi vagnana þjóta um brautirnar eins og gufuvagn, án þess að það hafi nokkrar járnreilar, eða að það
sjáist nokkurt afl sem hreífi þeím þeir ættu að vera á Islandi, en ekki gufuvagnar.
það er svo mart sem eg gæti talið upp sem brín þörf væri að hafa á Islandi, sem eg gæti sínt í verkinu, ef eg væri þangað komin að það er ekki til neins að vera að minnast á það.
Mart af því er upp hefur
verið
talið
upp
segir sýslu maður mundi breíta útliti og búnaðar háttum hér og higg eg að margt af því mundi hér vel geta þrifist, og það væri sannarlega mikil frammför að fá duglega menn hingað sem kuna að vinna, og gera sér jörðina undirgefa.
og Væri eg því mjög meðmæltur að Asgeir forn vinur minn kæmi nú heím aptur til okkar, og breitti nú útliti búnaðar hér á landi bæði með velum og verkfærum
og ímissri búnar aðferð annari en nú er hér höfð. Og mundi eg víst setja hann fljótt í hreppstjóra stöðuna.!! -
Já eg væri þakklatur sýslumanninum fyrir þann heiður er hann vildi sýna mér með hreppstjóra stöðuna en tregur mundi eg verða að fara frá eingum mínum hér til að verða hreppstjóri á Isl. því hér hef eg fyrst góð hús að lifa í og svo stórt gripa bú og smíða
„Sjoppu
(þar járna eg Uxa og Hesta sem er alt öðruvísi en heíma og get haft 8 dol. á dag svo á eg
korn
akur og hús til að geíma kornið í svo skó land, og væri sá skóur sagaður niður í timbur þá væri það margar skips hleðslur. Eg á núna t.d. 12-15 þús. fet af söguðum við, og nokkuð af því heflað. líka hef eg töluverða kartöflu garða og fl.
og innan skamms er von á járnbraut 220 faðma frá mínu landi.
En þá mundi eg gera kost á mér ef sýslufelag vildi kosta mig heím og skaffa mér þá jörð sem eitthvað lægi í, og eg svo vissar árstekur En eg aptur á móti gæfi ábyrð fyrir að eg gæti unnið það er eg lofaði fyrir utan mart fl. er eg gæti kent lands mönnum, og eg mundi hafa fleyri menn með mér. sem kinnu sitt af hverju.
Í þessu kemur hin fagra sýslumansfrú inní stofuna með hið góm sæta Islendska kaffi til að veita hinum ferðlúna langferða manni, En hann stendur upp þakkar fyrir viðtökurnar og kveður, og er á
vörmu
sama augnablikin komin að brorði því er hann sat við aður hann lagði út í þennan leiðangur, það er hjá Thórði Helgasyni í Framnes P.O. í Nyja Icelandi það er maður Halldóru dóttur
Geyrfins Gunnarssonar, (bróður Tryggva Gunnarssonar Bankastjóra)
því eg er hér að smíða aleyrn fjós og hlöðu fyrir þau hjón. Biggingin er um 50 fet á leingd og 26 á breidd og 25 á hæð og rúmar þetta um 32 naut gripi og fugla og svín, og 8 kýrfóður hey. Í húsi rétt hjá lifir Jón br. Halldóru og Geyrf. G.-
En syslumaðurinn og frú hans fara að tala um þessa sviplegu komu og fl. og segist sýslumaður inn muni senda skeiti sem fyrst aptur til að geta feingið nánari frettir af frænda sínum. -
Æ! eg óska sýslumans hjónunum og allri þeirra familju margfaldar gæfu og blessunar og gleðilegra jóla hátíðar, og blessunarríks þess í hönd farandi árs. það mælir af alhug virðing og vinsemd. Asgeir Tr: Friðgeirsson
Mr: Asgeir Tr: Friðgeirsson Geysir P.O. Man. Can. Amiríku